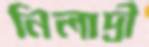
নিলাদ্রী